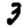
Digit: 3